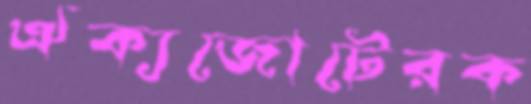
ঐক্যজোটেরক